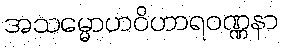
အသမ္မောဟဝိဟာရဝဏ္ဏနာ